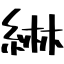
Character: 綝